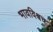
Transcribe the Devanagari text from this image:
भावविश्वच